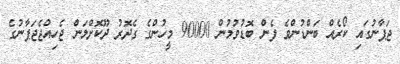
ޖަޕާނުގައި ކޯރެއް ބަންޑުންވެ ފެން ބޮޑުވުމުން 90000 މީހުންގެ ގެދޮރު ދޫކޮށްލަން ޖެހިއްޖެޖަޕާނުގެ